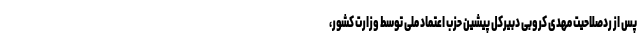
پس از ردصلاحیت مهدی کروبی دبیرکل پیشین حزب اعتماد ملی توسط وزارت کشور،